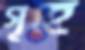
গৃহে